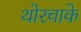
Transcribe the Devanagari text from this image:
थोरचाके